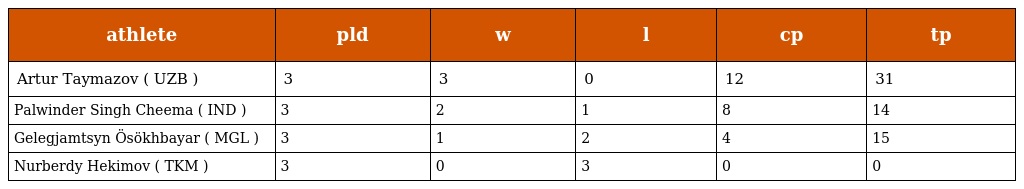
| athlete | pld | w | l | cp | tp |
 | --- | --- | --- | --- | --- | --- |
 | Artur Taymazov ( UZB ) | 3 | 3 | 0 | 12 | 31 |
 | Palwinder Singh Cheema ( IND ) | 3 | 2 | 1 | 8 | 14 |
 | Gelegjamtsyn Ösökhbayar ( MGL ) | 3 | 1 | 2 | 4 | 15 |
 | Nurberdy Hekimov ( TKM ) | 3 | 0 | 3 | 0 | 0 |